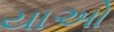
યાઓ